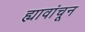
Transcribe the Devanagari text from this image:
ह्यावांचून